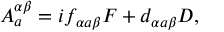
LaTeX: A _ { a } ^ { \alpha \beta } = i f _ { \alpha a \beta } F + d _ { \alpha a \beta } D ,